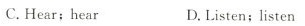
C.Hear;hear D.Listen;listen